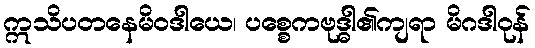
ဣသိပတနေမိဝဒါယေ၊ ပစ္စေကဗုဒ္ဓါ၏ကျရာ မိဂဒါဝုန်